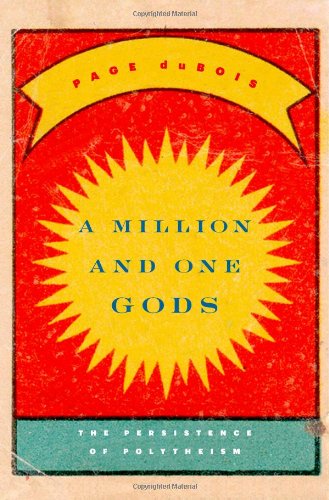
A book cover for A Million and One Gods: The Persistence of Polytheism; Page duBois; Religion & Spirituality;